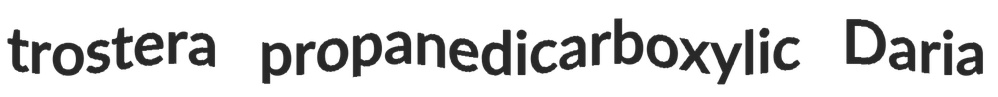
trostera propanedicarboxylic Daria